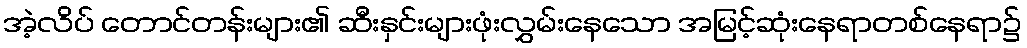
အဲ့လိပ် တောင်တန်းများ၏ ဆီးနှင်းများဖုံးလွှမ်းနေသော အမြင့်ဆုံးနေရာတစ်နေရာ၌